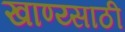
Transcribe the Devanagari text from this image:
खाण्य्साठी